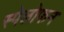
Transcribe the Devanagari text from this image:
स्पेलोफन